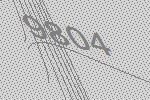
9804